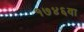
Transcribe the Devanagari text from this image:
१७४६वा